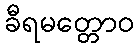
ခီရမတ္တောဝ